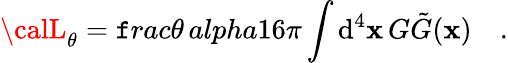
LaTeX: {\calL}_{\theta}=\mathtt{f}rac{\theta\, alpha}{16\pi}\int\mathrm{d}^{4}\mathbf{x}\, G\tilde{{G}}(\mathbf{x})\quad.